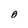
Character: O